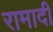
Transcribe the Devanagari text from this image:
रामादी